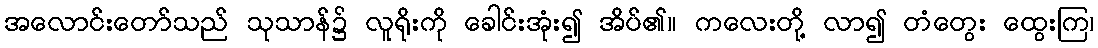
အလောင်းတော်သည် သုသာန်၌ လူရိုးကို ခေါင်းအုံး၍ အိပ်၏။ ကလေးတို့ လာ၍ တံတွေး ထွေးကြ၊